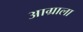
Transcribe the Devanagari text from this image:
आग्राला